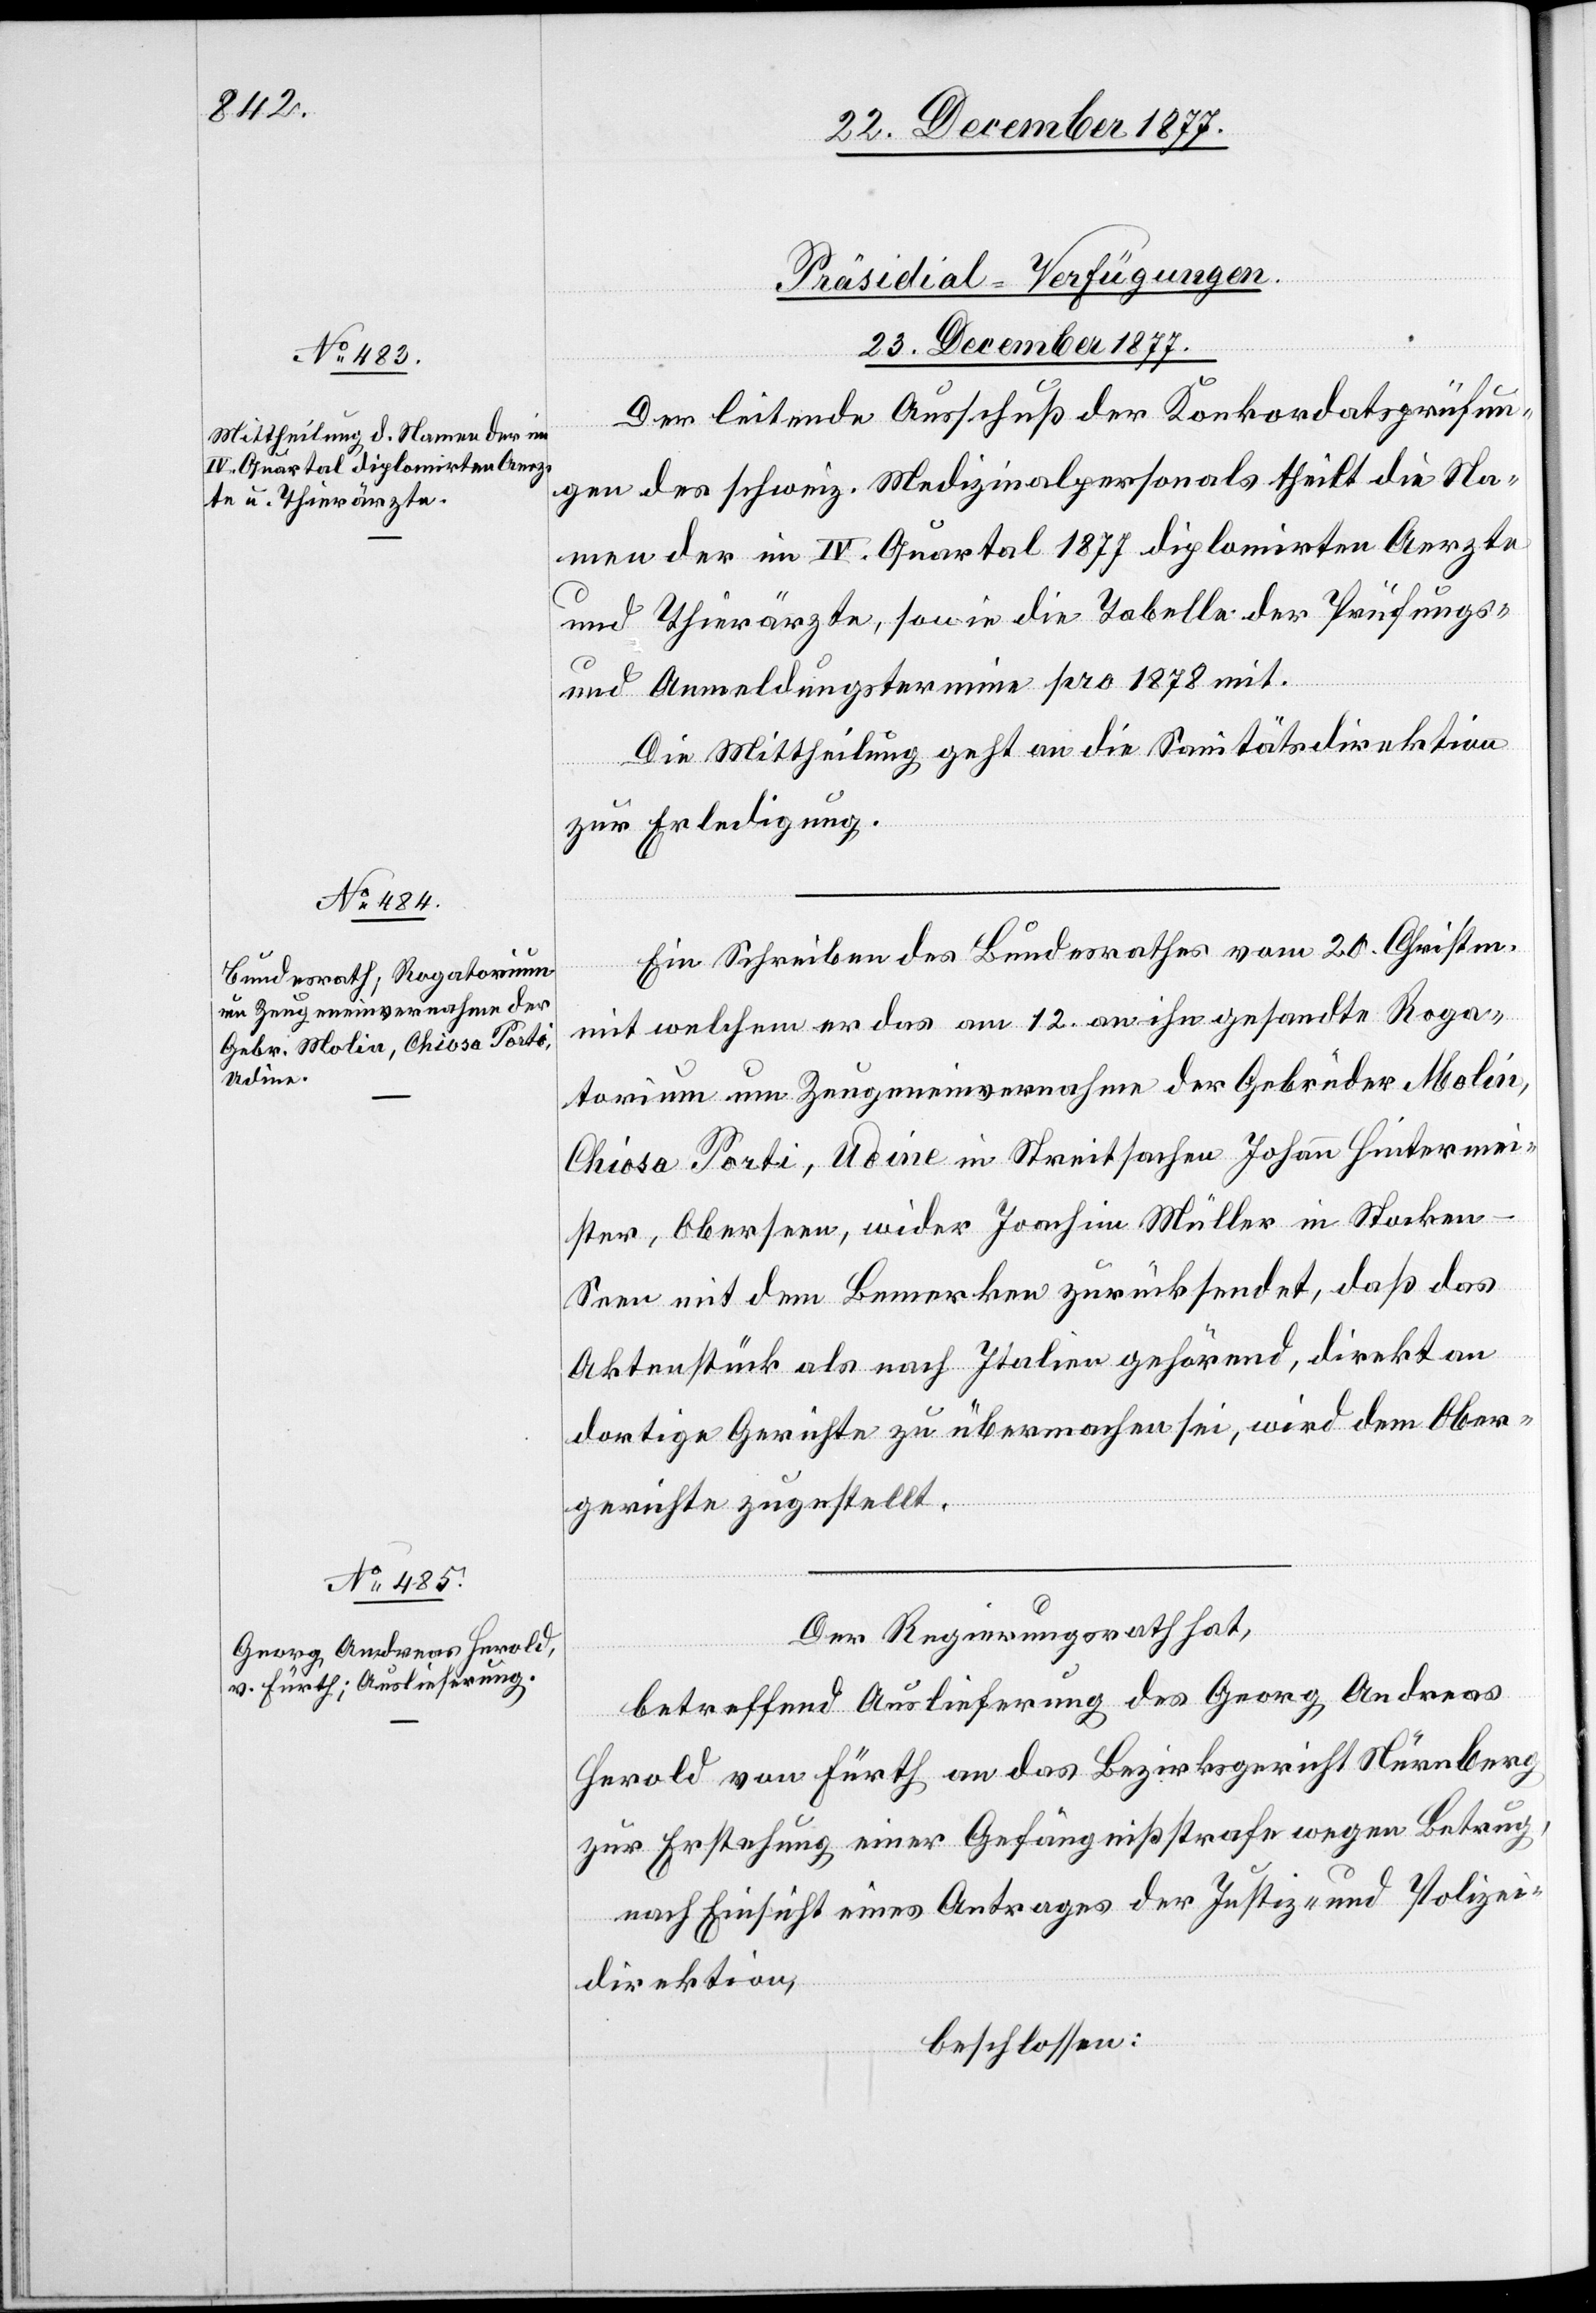
[Präsidial-Verfügungen.
23. December 1877.]
Der leitende Ausschuß der Konkordatsprüfun¬
gen des schweiz. Medizinalpersonals theilt die Na¬
men der im IV. Quartal 1877 diplomirten Aerzte
und Thierärzte, sowie die Tabelle der Prüfungs-
und Anmeldungstermine pro 1878 mit.
Die Mittheilung geht an die Sanitätsdirektion
zur Erledigung.
Ein Schreiben des Bundesrathes vom 20. Christm.
mit welchem er das am 12. an ihn gesandte Roga¬
torium um Zeugeneinvernahme der Gebrüder Molin,
Chiosa Porti, Udine in Streitsachen Johann Hintermei¬
ster, Oberseen, wider Joachim Müller in Stocken
Seen mit dem Bemerken zurücksendet, daß das
Aktenstück als nach Italien gehörend, direkt an
dortige Gerichte zu übermachen sei, wird dem Ober¬
gerichte zugestellt.
Der Regierungsrath hat,
betreffend Auslieferung des Georg Andreas
Herold von Fürth an das Bezirksgericht Nürnberg
zur Erstehung einer Gefängnißstrafe wegen Betrug,
nach Einsicht eines Antrages der Justiz- und Polizei¬
direktion,
beschlossen: